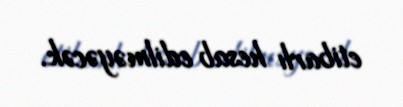
etibarlı hesab edilməyəcək.